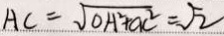
A C = \sqrt { O A ^ { 2 } + A C ^ { 2 } } = \sqrt { 2 }